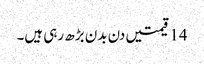
14 قیمتیں دن بدن بڑھ رہی ہیں۔